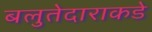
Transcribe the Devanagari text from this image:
बलुतेदाराकडे